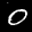
Label: 0